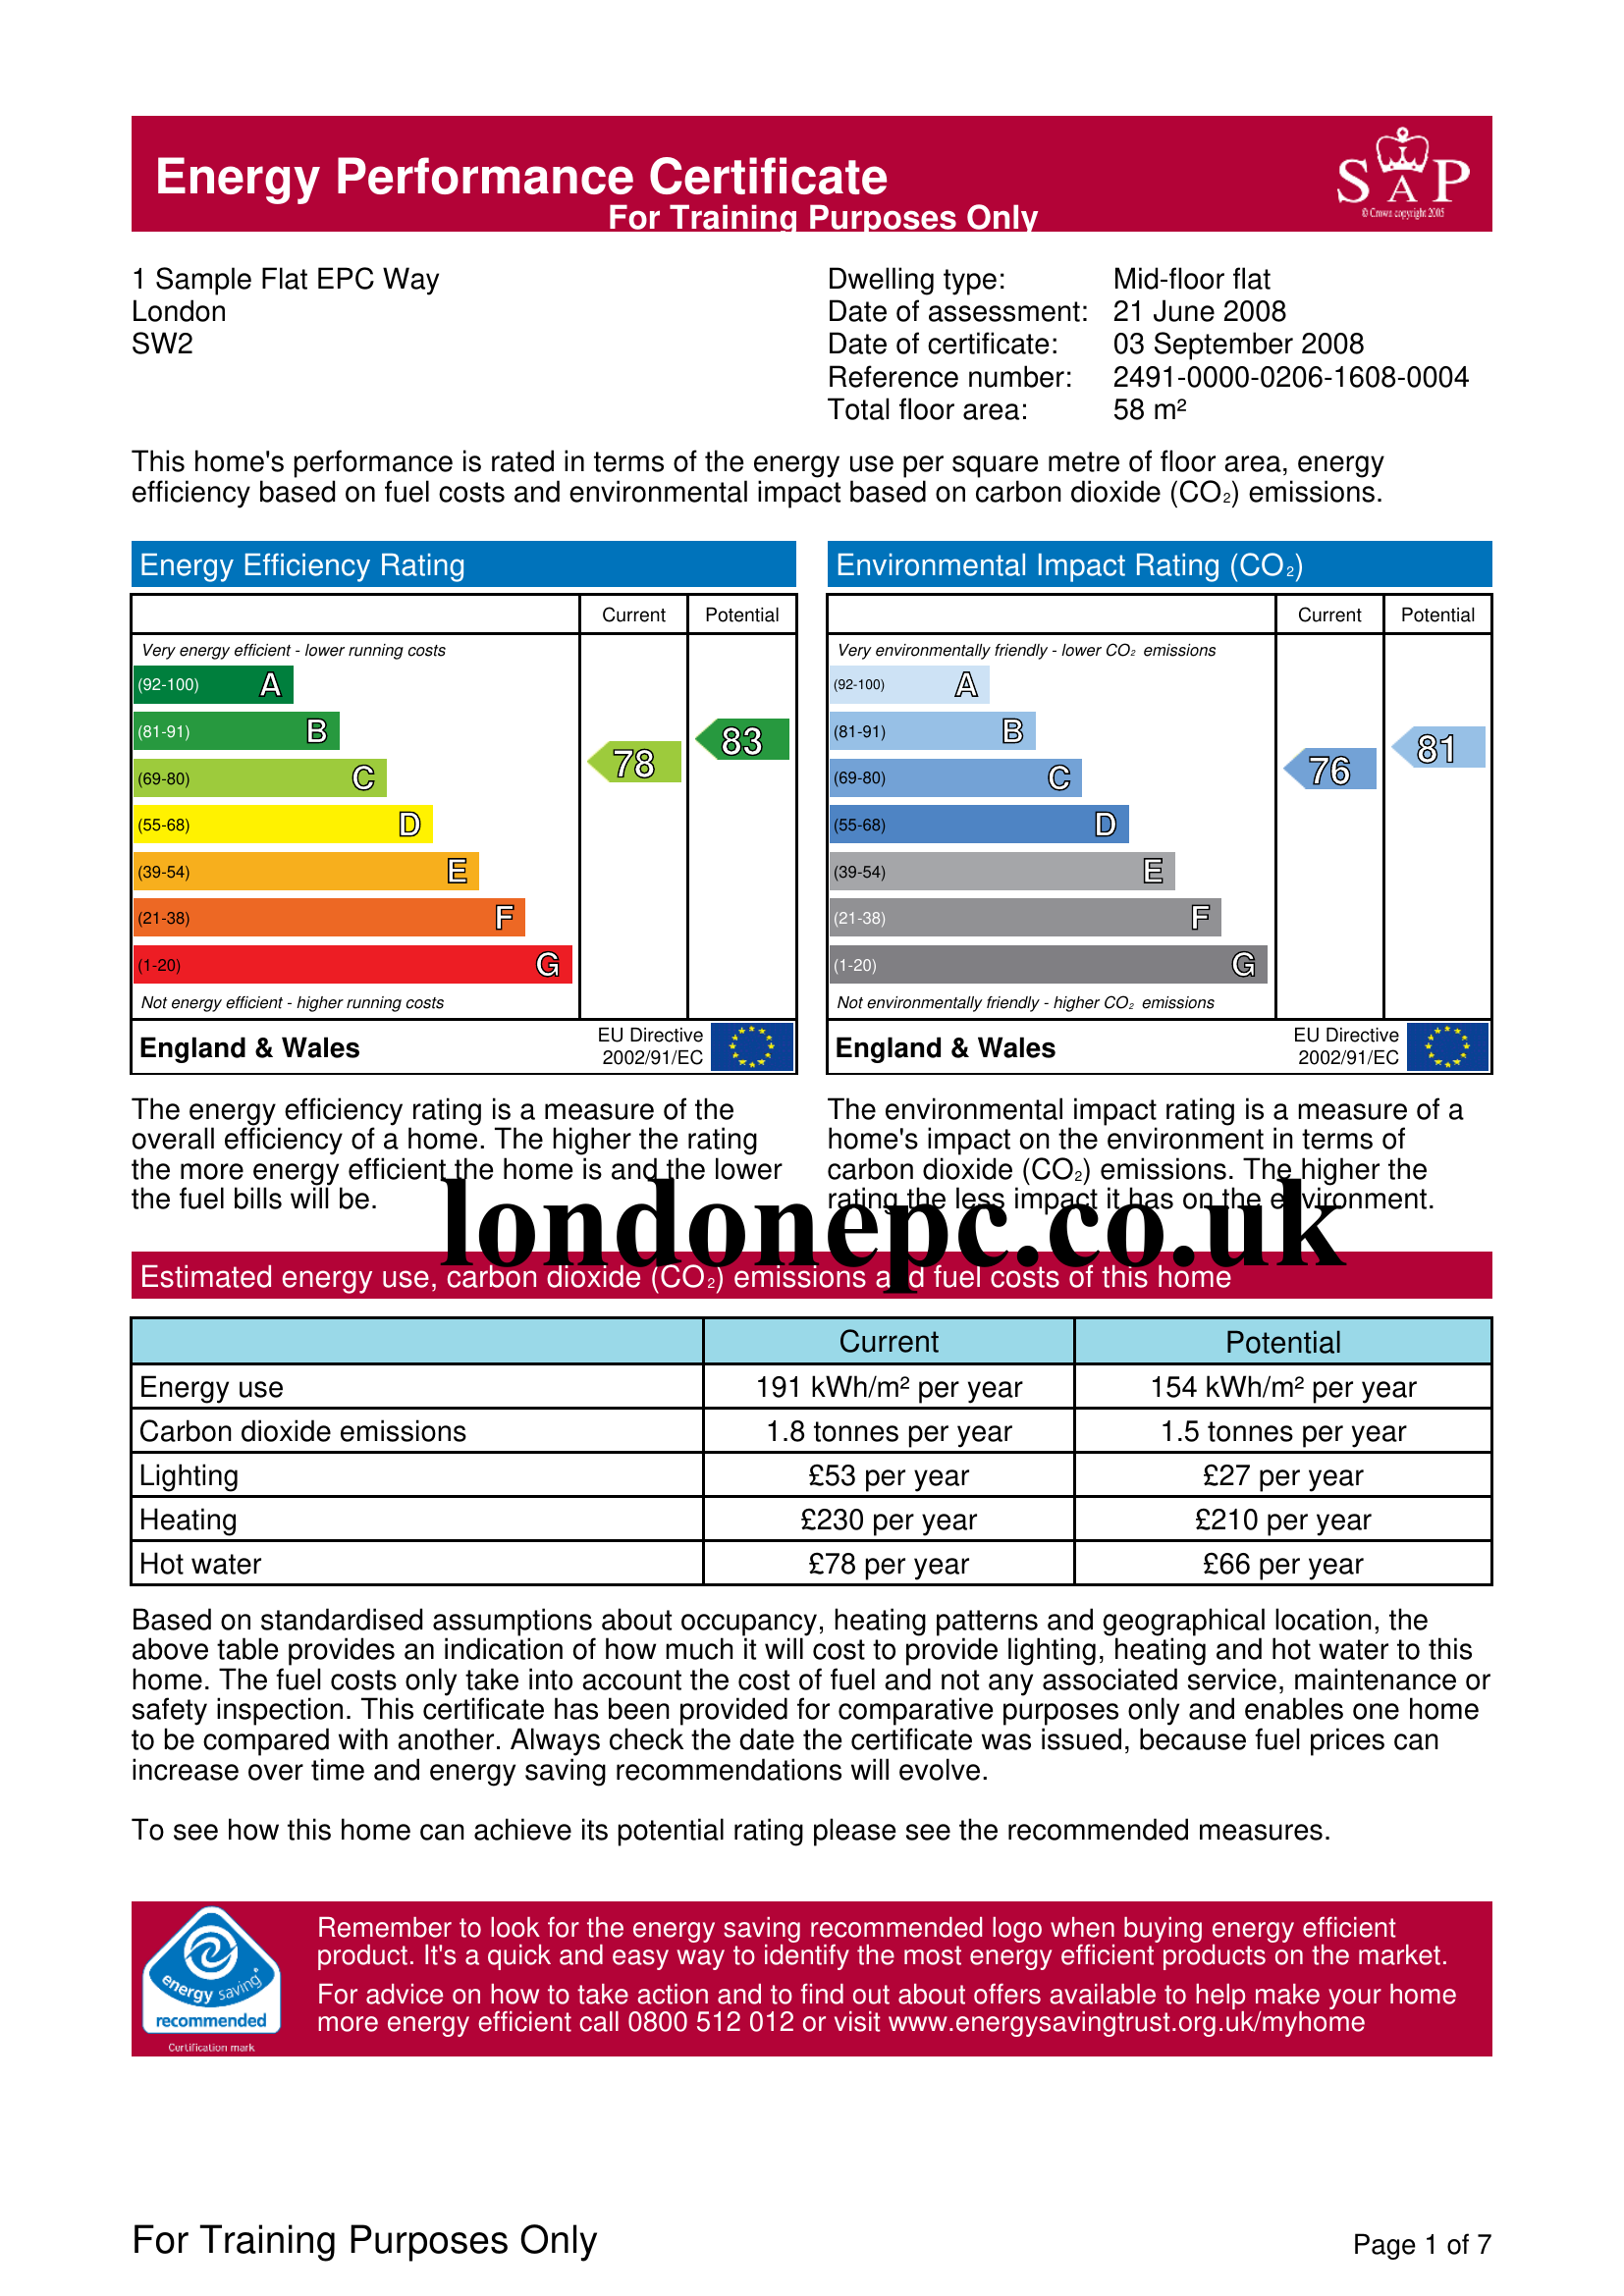
Current energy efficiency rating: C (score 78)
Potential energy efficiency rating: B (score 83)
Current environmental impact (CO2) rating: C (score 76)
Potential environmental impact (CO2) rating: B (score 81)